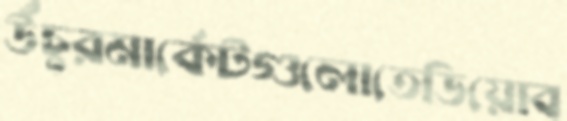
উঁচুরমার্কেটগুলোতেডিয়োব